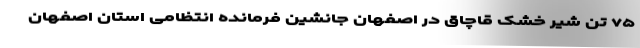
۷۵ تن شیر خشک قاچاق در اصفهان جانشین فرمانده انتظامی استان اصفهان